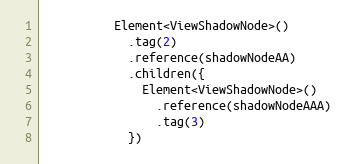
Language: C++
          Element<ViewShadowNode>()
            .tag(2)
            .reference(shadowNodeAA)
            .children({
              Element<ViewShadowNode>()
                .reference(shadowNodeAAA)
                .tag(3)
            })